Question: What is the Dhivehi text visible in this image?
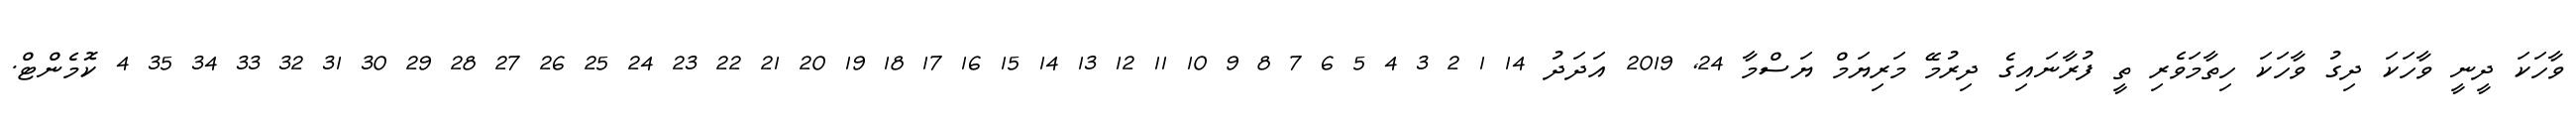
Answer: ވާހަކަ ދީނީ ވާހަކަ ދިގު ވާހަކަ ހިތާމަވެރި ތީ ފުރާނައިގެ ދިރުމޭ މަރިޔަމް ޔަސްމާ 24, 2019 އަދަދު 14 1 2 3 4 5 6 7 8 9 10 11 12 13 14 15 16 17 18 19 20 21 22 23 24 25 26 27 28 29 30 31 32 33 34 35 4 ކޮމެންޓް.